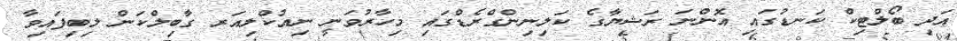
އަދި ބޯލްޓިކް ކަނޑުގައި އޮންނަ ރަޝިޔާގެ ކަލިނިންގްރެޑްގައި މިހާރުވަނީ ނިއުކްލިއަރ ގާބިލްކަން ލިބިފައިވާ